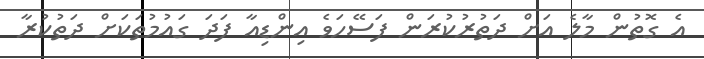
އެ ގޮތުން މާލެ އަށް ދަތުރުކުރަން ފަސޭހަވެ އިންޑިއާ ފަދަ ގައުމުތަކަށް ދަތުކުރާ